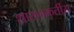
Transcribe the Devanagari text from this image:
शासनकर्तीस